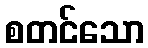
စတင်သော